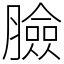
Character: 臉